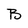
Character: B